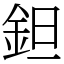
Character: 鉭